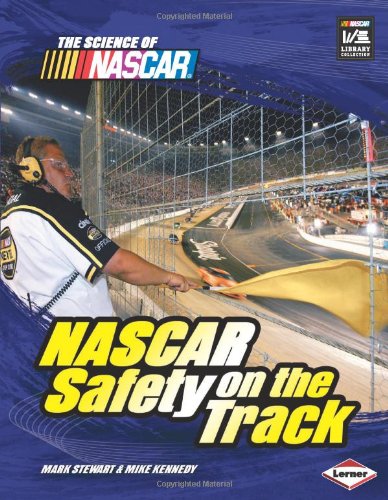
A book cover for NASCAR Safety on the Track (Science of NASCAR); Mark Stewart; Children's Books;